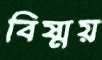
বিষ্ময়